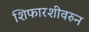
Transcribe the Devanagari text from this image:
शिफारशीवरुन